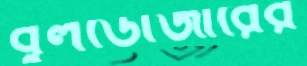
বুলডোজারের